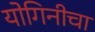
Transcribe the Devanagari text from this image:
योगिनीचा